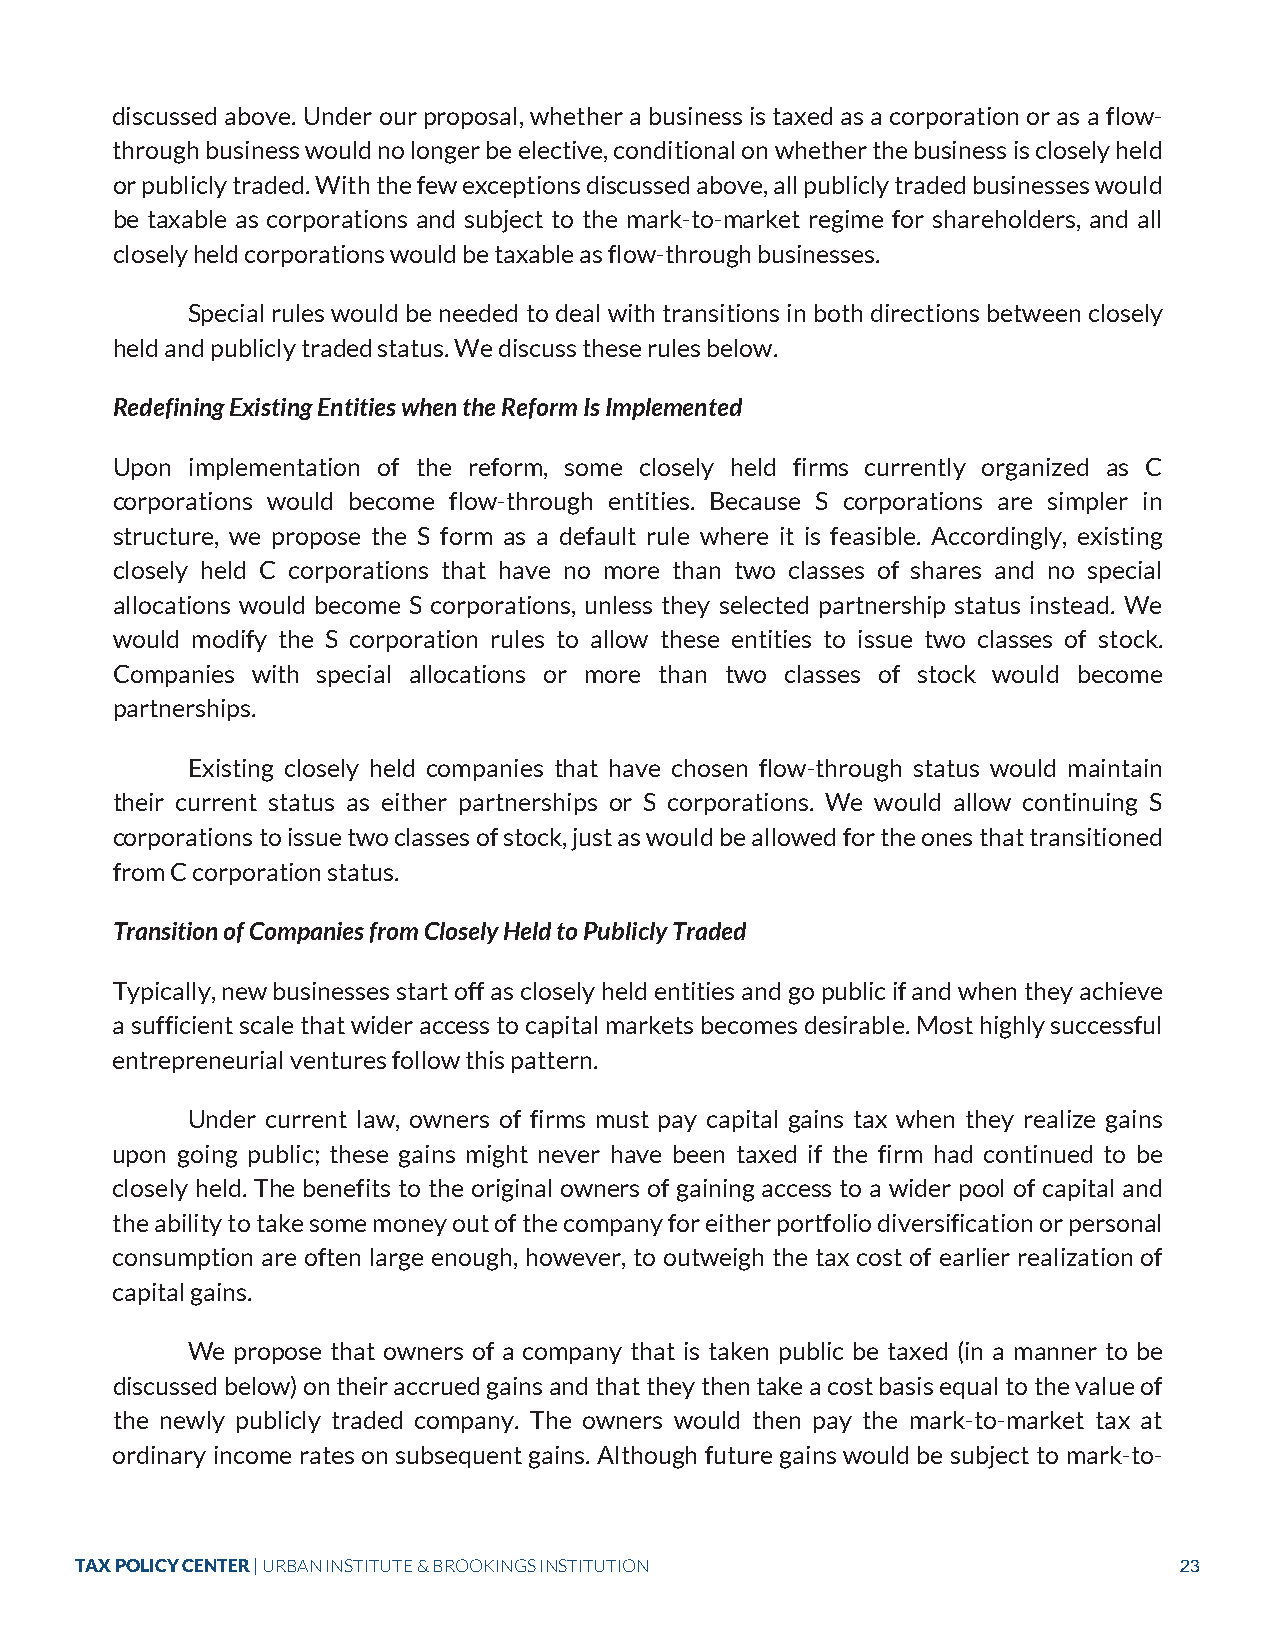
discussed above. Under our proposal, whether a business is taxed as a corporation or as a flow-
 through business would no longer be elective, conditional on whether the business is closely held
 or publicly traded. With the few exceptions discussed above, all publicly traded businesses would
 be taxable as corporations and subject to the mark-to-market regime for shareholders, and all
 closely held corporations would be taxable as flow-through businesses.
 Special rules would be needed to deal with transitions in both directions between closely
 held and publicly traded status. We discuss these rules below.
 Redefining Existing Entities when the Reform Is Implemented
 Upon implementation of the reform, some closely held firms currently organized as C
 corporations would become flow-through entities. Because S corporations are simpler in
 structure, we propose the S form as a default rule where it is feasible. Accordingly, existing
 closely held C corporations that have no more than two classes of shares and no special
 allocations would become S corporations, unless they selected partnership status instead. We
 would modify the S corporation rules to allow these entities to issue two classes of stock.
 Companies with special allocations or more than two classes of stock would become
 partnerships.
 Existing closely held companies that have chosen flow-through status would maintain
 their current status as either partnerships or S corporations. We would allow continuing S
 corporations to issue two classes of stock, just as would be allowed for the ones that transitioned
 from C corporation status.
 Transition of Companies from Closely Held to Publicly Traded
 Typically, new businesses start off as closely held entities and go public if and when they achieve
 a sufficient scale that wider access to capital markets becomes desirable. Most highly successful
 entrepreneurial ventures follow this pattern.
 Under current law, owners of firms must pay capital gains tax when they realize gains
 upon going public; these gains might never have been taxed if the firm had continued to be
 closely held. The benefits to the original owners of gaining access to a wider pool of capital and
 the ability to take some money out of the company for either portfolio diversification or personal
 consumption are often large enough, however, to outweigh the tax cost of earlier realization of
 capital gains.
 We propose that owners of a company that is taken public be taxed (in a manner to be
 discussed below) on their accrued gains and that they then take a cost basis equal to the value of
 the newly publicly traded company. The owners would then pay the mark-to-market tax at
 ordinary income rates on subsequent gains. Although future gains would be subject to mark-to-
 TAX POLICY CENTER | URBAN INSTITUTE & BROOKINGS INSTITUTION              23